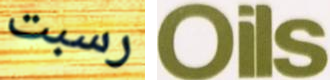
رسبت Oils